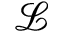
\mathcal { L }